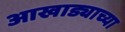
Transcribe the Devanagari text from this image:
आखाड्याच्या